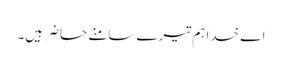
اے خدا ہم تیرے سامنے حاضر ہیں۔